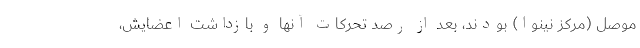
موصل (مرکز نینوا) بودند، بعد از رصد تحرکات آنها و بازداشت اعضایش،